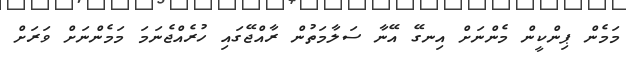
މަމެން ޕިންކީން މެންނަށް އިނގޭ އޭނާ ސަލާމަތުން ރާއްޖޭގައި ހުރެއްޖެނަމަ މަމެންނަށް ވަރަށް